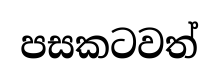
පසකටවත්